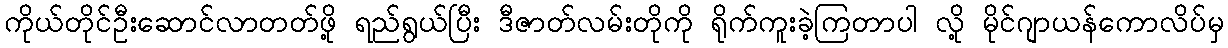
ကိုယ်တိုင်ဦးဆောင်လာတတ်ဖို့ ရည်ရွယ်ပြီး ဒီဇာတ်လမ်းတိုကို ရိုက်ကူးခဲ့ကြတာပါ လို့ မိုင်ဂျာယန်ကောလိပ်မှ